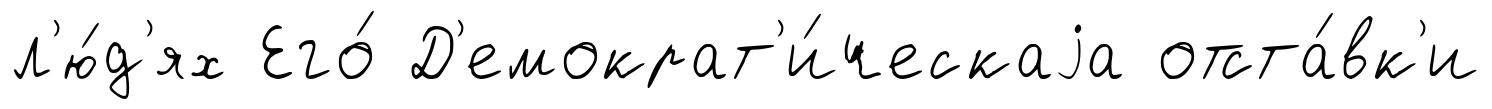
л'ю́д'ях Его́ Д'емократ'и́ческаjа отста́вк'и